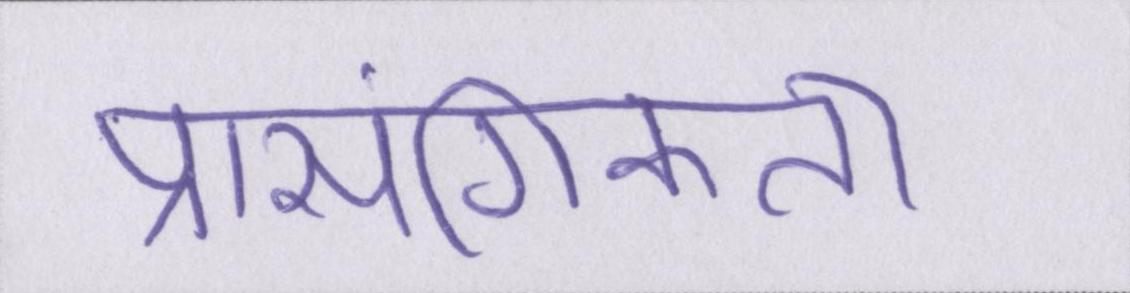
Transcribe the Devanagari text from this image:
प्रासंगिकता